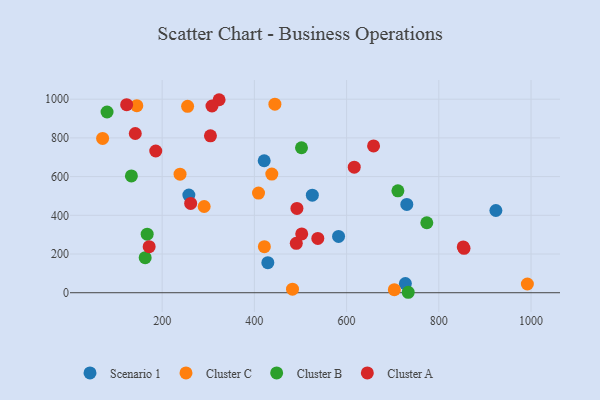
{"axis": {"x": "Price", "y": "Yield"}, "legend": ["Cluster A", "Cluster B", "Cluster C", "Scenario 1"], "data": [{"x": "582.6", "y": 291.0, "type": "Scenario 1"}, {"x": "421.3", "y": 682.0, "type": "Scenario 1"}, {"x": "923.8", "y": 424.8, "type": "Scenario 1"}, {"x": "429.2", "y": 155.4, "type": "Scenario 1"}, {"x": "257.9", "y": 504.6, "type": "Scenario 1"}, {"x": "730.6", "y": 456.4, "type": "Scenario 1"}, {"x": "525.7", "y": 504.1, "type": "Scenario 1"}, {"x": "727.5", "y": 47.4, "type": "Scenario 1"}, {"x": "70.9", "y": 797.0, "type": "Cluster C"}, {"x": "703.6", "y": 15.5, "type": "Cluster C"}, {"x": "291.1", "y": 445.6, "type": "Cluster C"}, {"x": "255.2", "y": 963.0, "type": "Cluster C"}, {"x": "238.8", "y": 612.4, "type": "Cluster C"}, {"x": "409.0", "y": 514.7, "type": "Cluster C"}, {"x": "437.8", "y": 613.1, "type": "Cluster C"}, {"x": "482.7", "y": 18.4, "type": "Cluster C"}, {"x": "992.1", "y": 45.0, "type": "Cluster C"}, {"x": "145.0", "y": 966.5, "type": "Cluster C"}, {"x": "444.5", "y": 974.1, "type": "Cluster C"}, {"x": "421.7", "y": 237.9, "type": "Cluster C"}, {"x": "133.3", "y": 603.7, "type": "Cluster B"}, {"x": "167.5", "y": 302.7, "type": "Cluster B"}, {"x": "711.3", "y": 526.6, "type": "Cluster B"}, {"x": "163.2", "y": 180.9, "type": "Cluster B"}, {"x": "733.7", "y": 2.3, "type": "Cluster B"}, {"x": "774.0", "y": 361.5, "type": "Cluster B"}, {"x": "502.2", "y": 749.1, "type": "Cluster B"}, {"x": "80.5", "y": 933.9, "type": "Cluster B"}, {"x": "490.9", "y": 255.1, "type": "Cluster A"}, {"x": "616.6", "y": 648.7, "type": "Cluster A"}, {"x": "323.5", "y": 997.2, "type": "Cluster A"}, {"x": "123.0", "y": 971.4, "type": "Cluster A"}, {"x": "537.6", "y": 280.4, "type": "Cluster A"}, {"x": "658.5", "y": 758.5, "type": "Cluster A"}, {"x": "171.8", "y": 238.0, "type": "Cluster A"}, {"x": "492.3", "y": 435.8, "type": "Cluster A"}, {"x": "304.7", "y": 810.8, "type": "Cluster A"}, {"x": "502.7", "y": 303.9, "type": "Cluster A"}, {"x": "308.1", "y": 964.9, "type": "Cluster A"}, {"x": "854.7", "y": 229.4, "type": "Cluster A"}, {"x": "853.0", "y": 236.7, "type": "Cluster A"}, {"x": "186.1", "y": 732.2, "type": "Cluster A"}, {"x": "261.8", "y": 461.2, "type": "Cluster A"}, {"x": "141.7", "y": 822.6, "type": "Cluster A"}]}